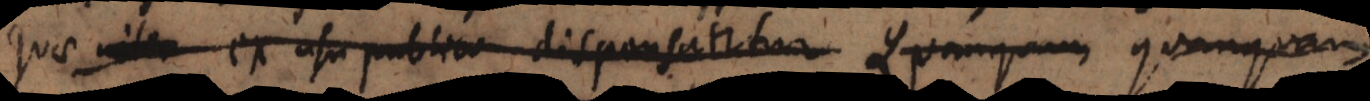
quae inter ex usu publico dispensantur. Quamquam